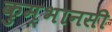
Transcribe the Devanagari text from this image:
कुम्भानसी